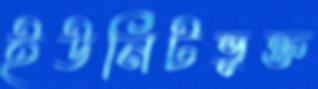
ইউনিটভুক্ত